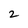
Character: 2